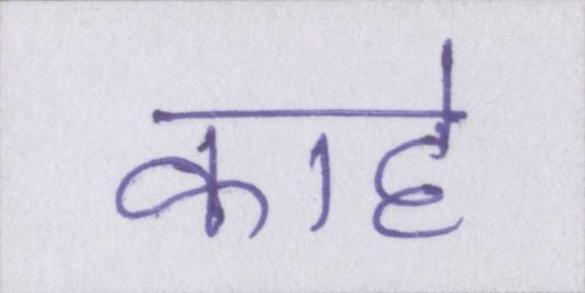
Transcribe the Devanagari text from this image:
काहे